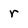
Character: r